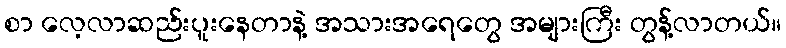
စာ လေ့လာဆည်းပူးနေတာနဲ့ အသားအရေတွေ အများကြီး တွန့်လာတယ်။